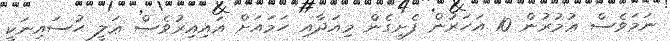
ނަމަވެސް ޢުމުރުން 10 އަހަރުން ފެށިގެން މިއަދާއި ހަމައަށް އައިއިރުވެސް ޢަލީ ޙުސައިނަކީ